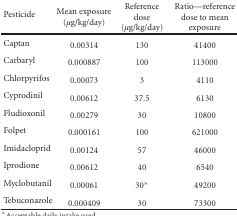
<table><thead><tr><td><b>Pesticide</b></td><td><b>Mean exposure (<i>μ</i>g/kg/day)</b></td><td><b>Reference dose (<i>μ</i>g/kg/day)</b></td><td><b>Ratio—reference dose to mean exposure</b></td></tr></thead><tbody><tr><td>Captan</td><td>0.00314</td><td>130</td><td>41400</td></tr><tr><td>Carbaryl</td><td>0.000887</td><td>100</td><td>113000</td></tr><tr><td>Chlorpyrifos</td><td>0.00073</td><td>3</td><td>4110</td></tr><tr><td>Cyprodinil</td><td>0.00612</td><td>37.5</td><td>6130</td></tr><tr><td>Fludioxonil</td><td>0.00279</td><td>30</td><td>10800</td></tr><tr><td>Folpet</td><td>0.000161</td><td>100</td><td>621000</td></tr><tr><td>Imidacloprid</td><td>0.00124</td><td>57</td><td>46000</td></tr><tr><td>Iprodione</td><td>0.00612</td><td>40</td><td>6540</td></tr><tr><td>Myclobutanil</td><td>0.00061</td><td>30*</td><td>49200</td></tr><tr><td>Tebuconazole</td><td>0.000409</td><td>30</td><td>73300</td></tr></tbody></table>